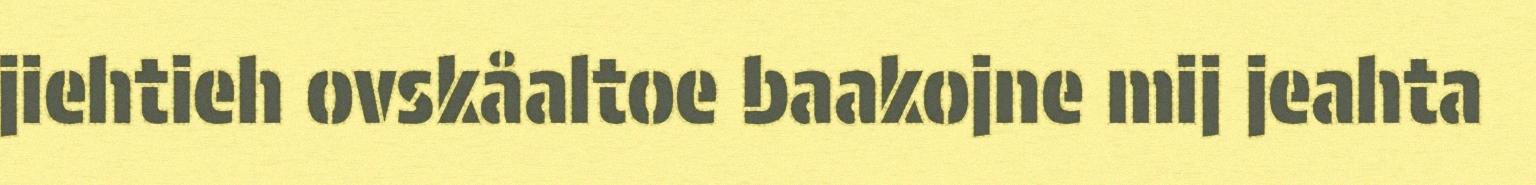
jiehtieh ovskåaltoe baakojne mij jeahta